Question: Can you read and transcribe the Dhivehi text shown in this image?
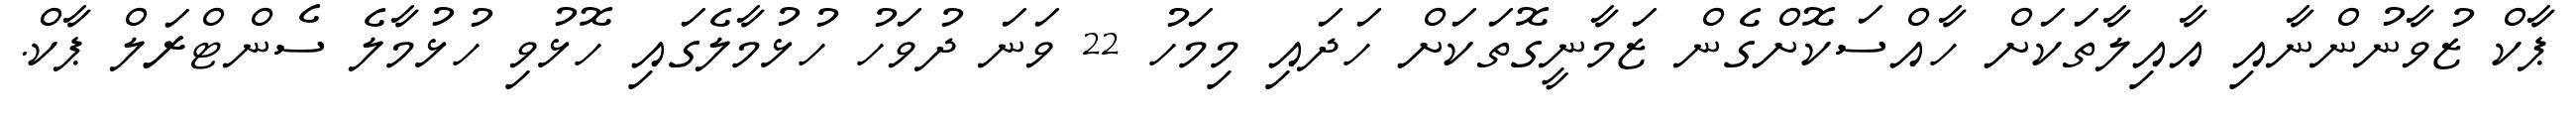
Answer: ޕާކް ޒުވާނުންނާއި އާއިލާތަކަށް ހާއްސަކޮށްގެން ޒަމާނީގޮތަކަށް ހަދައި މިމަހު 22 ވަނަ ދުވަހު ހުޅުމާލެގައި ހޮޅުވި ހުޅުމާލެ ސެންޓްރަލް ޕާކް.